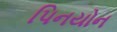
પિનયોન